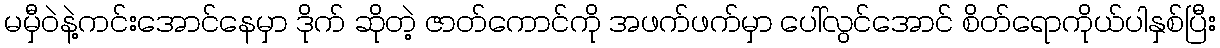
မမှီဝဲနဲ့ကင်းအောင်နေမှာ ဒိုက် ဆိုတဲ့ ဇာတ်ကောင်ကို အဖက်ဖက်မှာ ပေါ်လွင်အောင် စိတ်ရောကိုယ်ပါနှစ်ပြီး